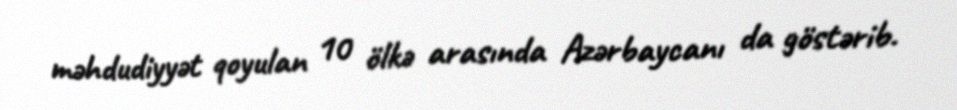
məhdudiyyət qoyulan 10 ölkə arasında Azərbaycanı da göstərib.